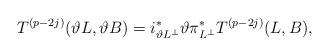
LaTeX: \begin{align*}T^{(p-2j)}(\vartheta L,\vartheta B)=i_{\vartheta L^\perp}^*\vartheta\pi_{L^\perp}^* T^{(p-2j)}(L,B),\end{align*}